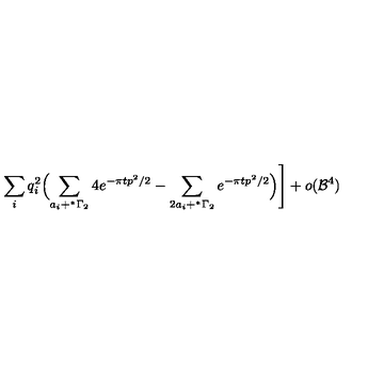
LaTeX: \sum _ { i } q _ { i } ^ { 2 } \Bigl ( \sum _ { a _ { i } + ^ { * } \Gamma _ { 2 } } 4 e ^ { - { \pi t } p ^ { 2 } / 2 } - \sum _ { 2 a _ { i } + ^ { * } \Gamma _ { 2 } } e ^ { - { \pi t } p ^ { 2 } / 2 } \Bigr ) \Biggr ] + o ( { \cal B } ^ { 4 } )